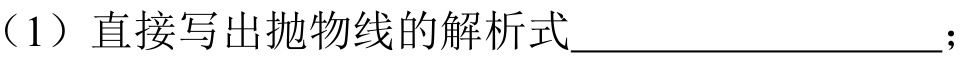
（1）直接写出抛物线的解析式  ；